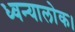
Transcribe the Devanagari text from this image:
ध्वन्यालोक।